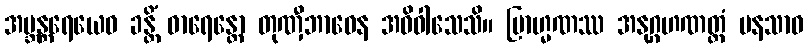
အဗ္ဘန္တရေယေဝ ခန္တိံ ဓာရေန္တော တုဏှီဘာဝေန အဓိဝါသေသိ။ ဗြာဟ္မဏဿ အနုဂ္ဂဟဏတ္ထံ မနသာဝ